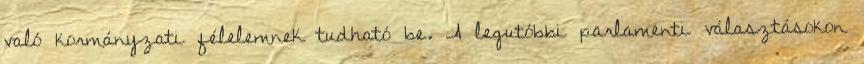
való kormányzati félelemnek tudható be. A legutóbbi parlamenti választásokon